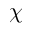
\chi